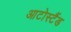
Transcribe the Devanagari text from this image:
आटोस्टैंड